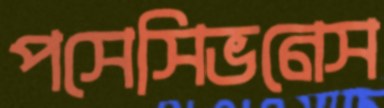
পসেসিভনেস